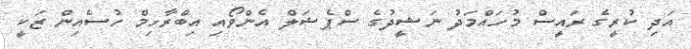
އަދި ކުރީގެ ރައީސް މުހައްމަދު ނަޝީދުގެ ސްޕެޝަލް އެންވޯއި އިބްރާހިމް ހުސެއިން ޒަކީ